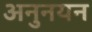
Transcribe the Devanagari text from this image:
अनुनयन